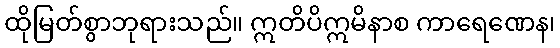
ထိုမြတ်စွာဘုရားသည်။ ဣတိပိဣမိနာစ ကာရေဏေန၊